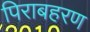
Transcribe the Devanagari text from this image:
पिराबहरण